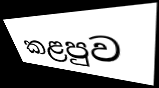
කළපුව